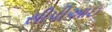
સીપીઆઇ